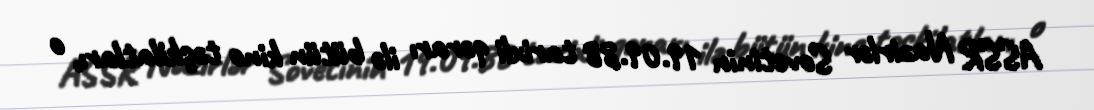
ASSR Nazirlər Sovetinin 19.09.88 tarixli qərarı ilə bütün kino təşkilatları, o